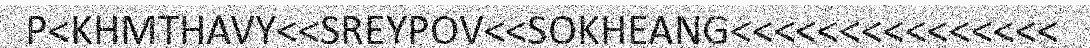
P<KHMTHAVY<<SREYPOV<<SOKHEANG<<<<<<<<<<<<<<<